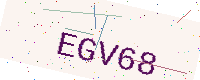
Text: EGV68